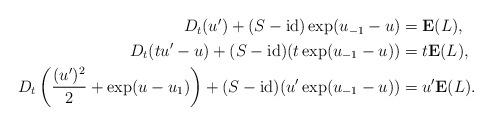
LaTeX: \begin{align*}\begin{aligned}D_t(u')+(S-\operatorname{id})\exp(u_{-1}-u)&=\bold{E}(L),\\D_t(tu'-u)+(S-\operatorname{id})(t\exp(u_{-1}-u))&=t\bold{E}(L),\\D_t\left(\frac{(u')^2}{2}+\exp(u-u_1)\right)+(S-\operatorname{id})(u'\exp(u_{-1}-u))&=u'\bold{E}(L).\end{aligned}\end{align*}